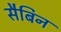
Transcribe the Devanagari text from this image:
सैबिन